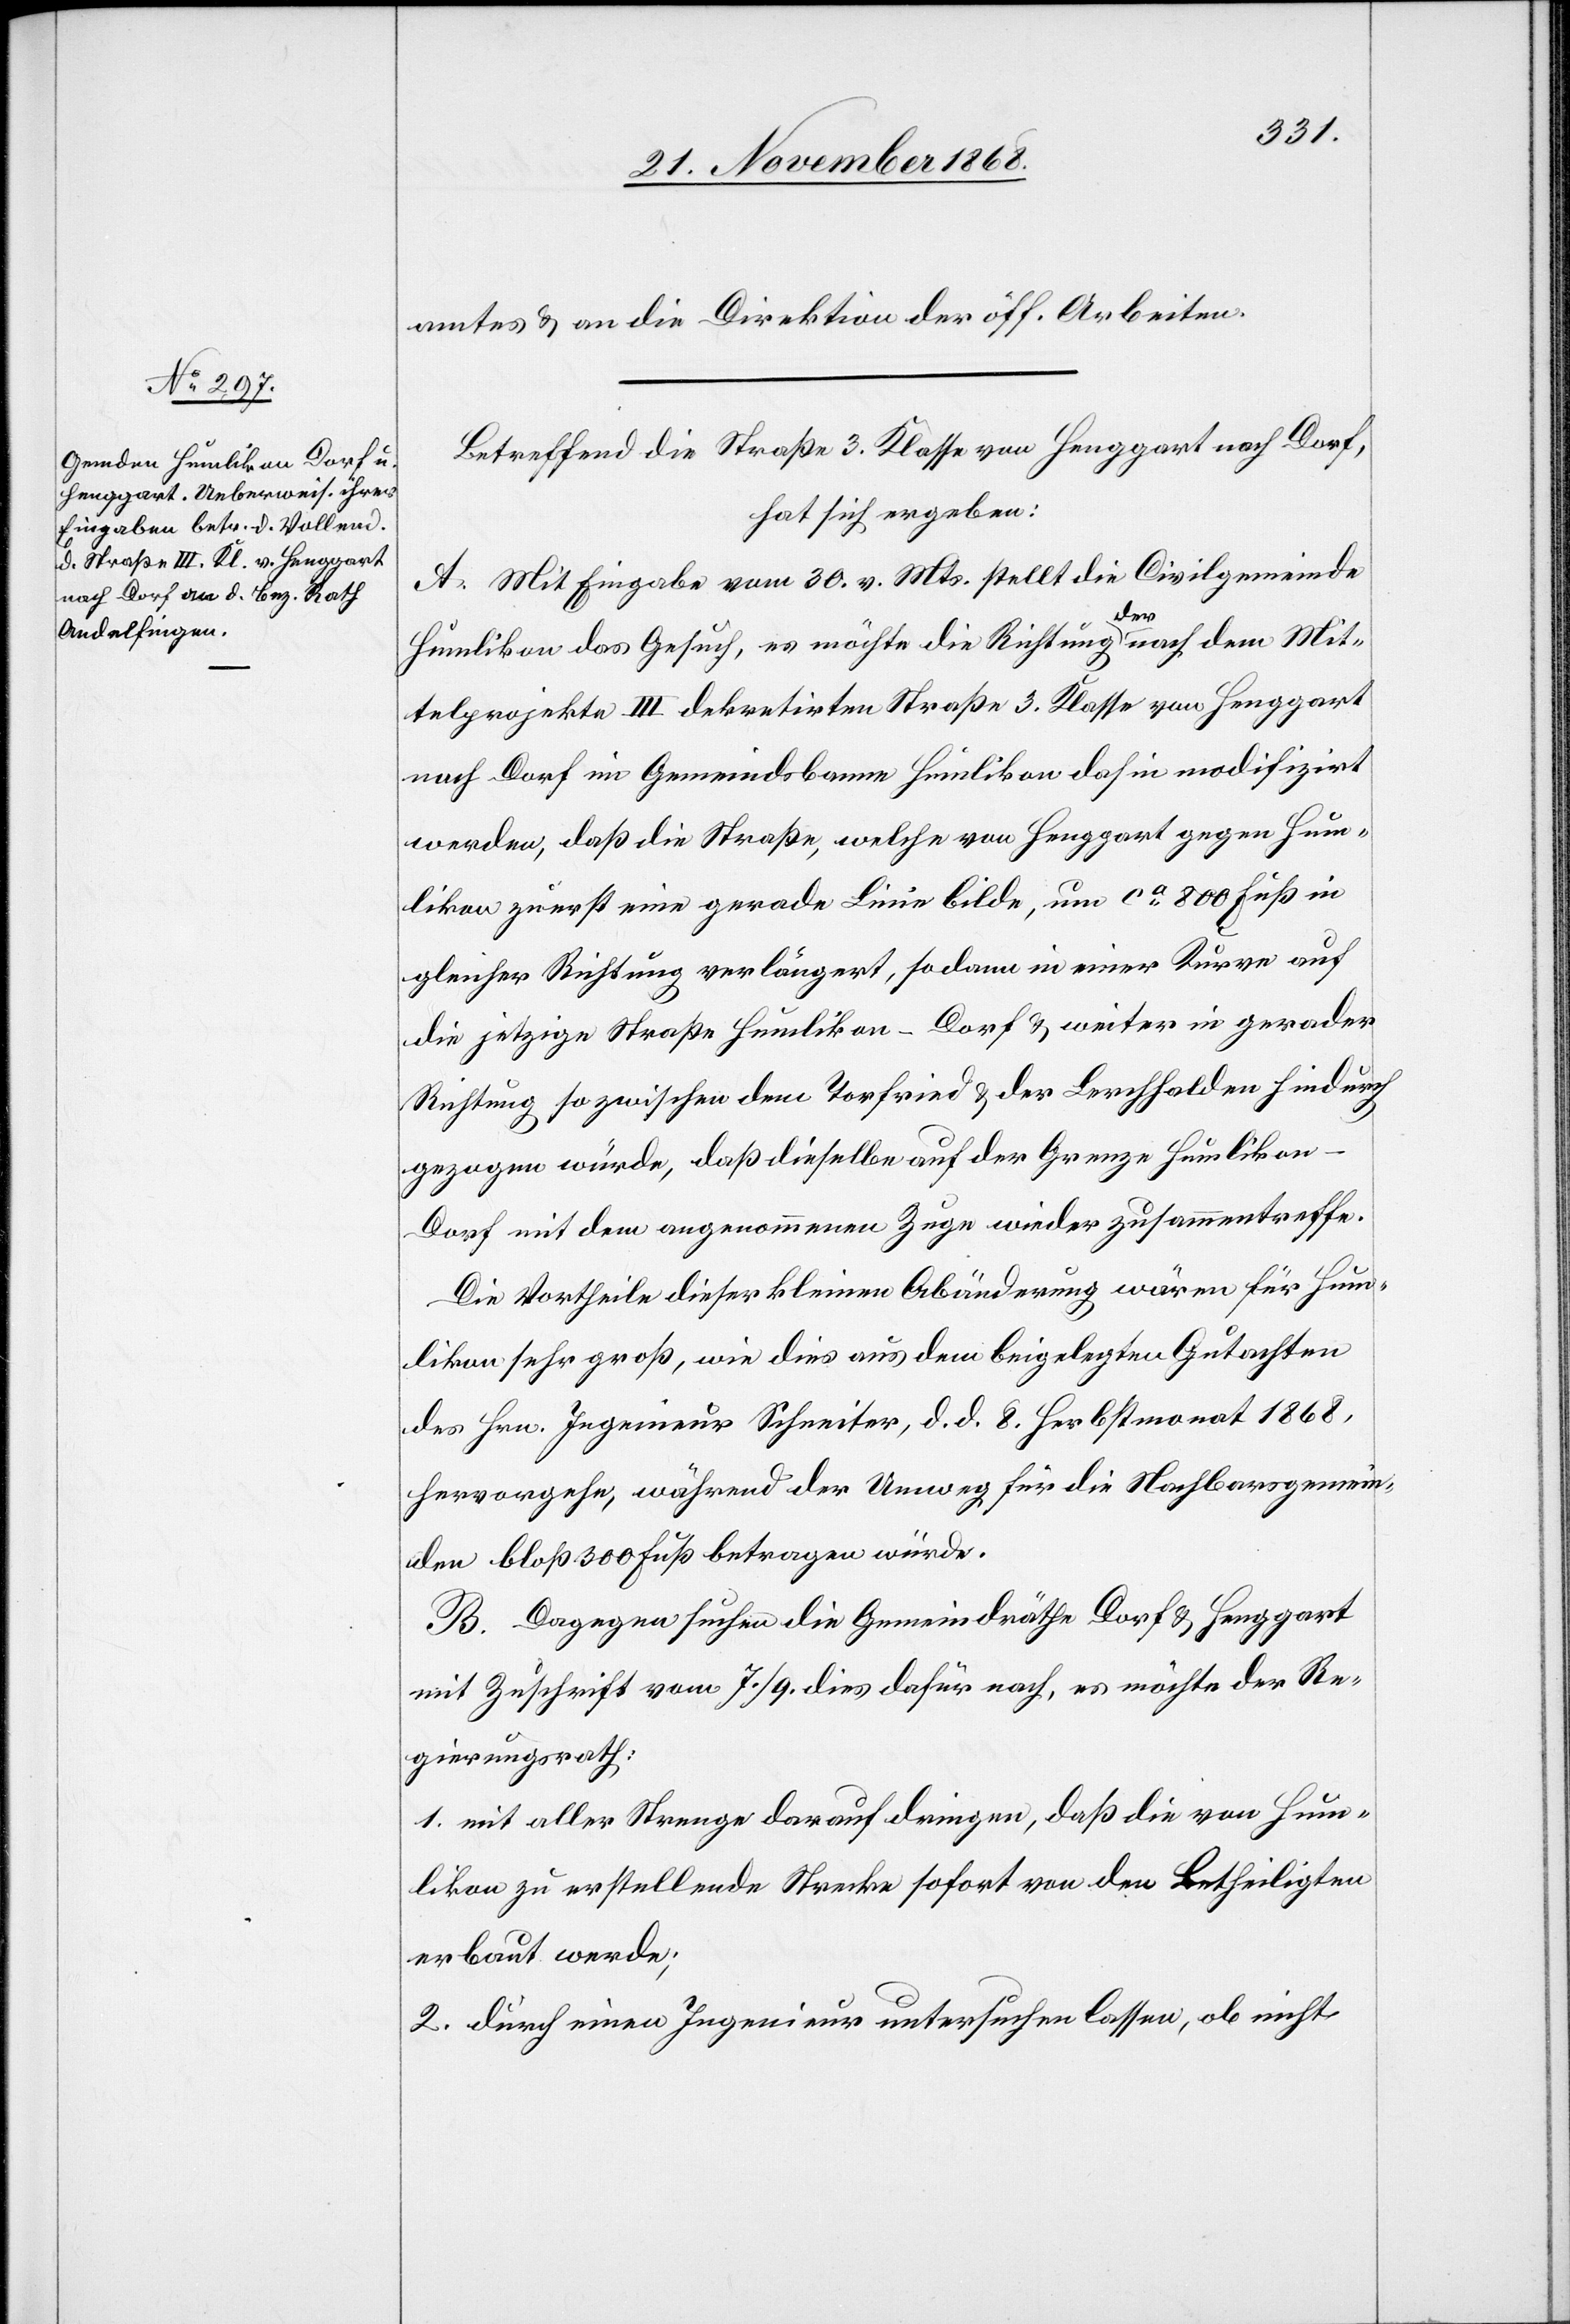
amtes & an die Direktion der öff. Arbeiten.
Betreffend die Straße 3. Klasse von Henggart nach Dorf,
hat sich ergeben:
A. Mit Eingabe vom 30. v. Mts. stellt die Civilgemeinde
Humlikon das Gesuch, es möchte die Richtung der nach dem Mit¬
telprojekte III dekretirten Straße 3. Klasse von Henggart
nach Dorf im Gemeindsbanne Humlikon dahin modifizirt
werden, daß die Straße, welche von Henggart gegen Hum¬
likon zuerst eine gerade Linie bilde, um ca 800 Fuß in
gleicher Richtung verlängert, sodann in einer Kurve auf
die jetzige Straße Humlikon–Dorf & weiter in gerader
Richtung so zwischen dem Torfried & der Lerchhalden hindurch
gezogen würde, daß dieselbe auf der Grenze Humliko¬
n–Dorf mit dem angenommenen Zuge wieder zusammentreffe.
Die Vortheile dieser kleinen Abänderung wären für Hum¬
likon sehr groß, wie dies aus dem beigelegten Gutachten
des Hrn. Ingenieur Schneiter, d. d. 8. Herbstmonat 1868,
hervorgehe, während der Umweg für die Nachbarsgemein¬
den bloß 300 Fuß betragen würde.
B. Dagegen suchen die Gemeindräthe Dorf & Henggart
mit Zuschrift vom 7./9. dies dafür nach, es möchte der Re¬
gierungsrath:
1. mit aller Strenge darauf dringen, daß die von Hum¬
likon zu erstellende Strecke sofort von den Betheiligten
erbaut werde;
2. durch einen Ingenieur untersuchen lassen, ob nicht